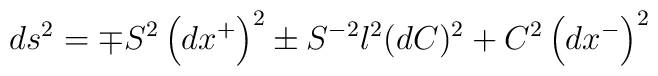
ds^{2}=\mp S^{2}\left( dx^{+}\right) ^{2}\pm S^{-2}l^{2}(dC)^{2}+C^{2}\left(dx^{-}\right) ^{2}